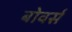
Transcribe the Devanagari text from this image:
बोवर्स